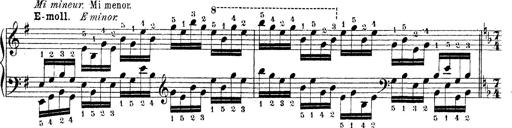
Title: Technische Studien
Composer: Franz Liszt